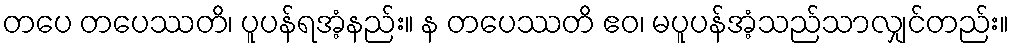
တပေ တပေဿတိ၊ ပူပန်ရအံ့နည်း။ န တပေဿတိ ဧဝ၊ မပူပန်အံ့သည်သာလျှင်တည်း။